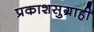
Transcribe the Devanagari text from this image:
प्रकाशसुग्राही